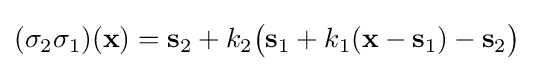
(\sigma _{2}\sigma _{1})(\mathbf {x} )=\mathbf {s} _{2}+k_{2}{\big (}\mathbf {s} _{1}+k_{1}(\mathbf {x} -\mathbf {s} _{1})-\mathbf {s} _{2}{\big )}